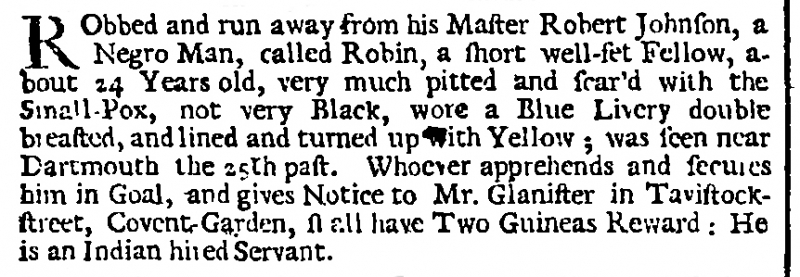
London Gazette, 1 October 1726 (England)
RObbed and run away from his Master Robert Johnson, a Negro Man, called Robin, a short well-set Fellow, about 24 Years old, very much pitted and scar’d with the Small-Pox, not very Black, wore a Blue Livery double breasted, and lined and turned up with Yellow; was seen near Dartmouth the 25th past. Whoever apprehends and secures him in Goal, and gives Notice to Mr. Glanister in Tavistock-street, Covent-Garden, shall have Two Guineas Reward: He is an Indian hired Servant.